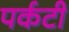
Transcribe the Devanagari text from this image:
पर्कटी